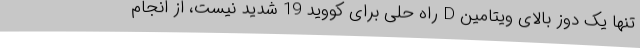
تنها یک دوز بالای ویتامین D راه حلی برای کووید 19 شدید نیست، از انجام